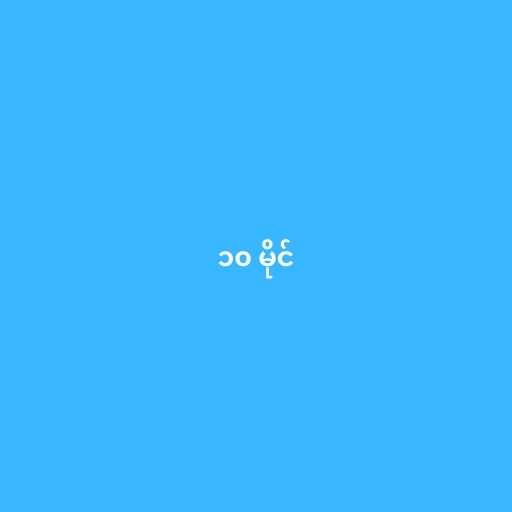
၁၀ မိုင်